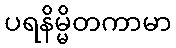
ပရနိမ္မိတကာမာ